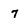
Character: 7